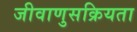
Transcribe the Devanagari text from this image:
जीवाणुसक्रियता